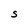
Character: S